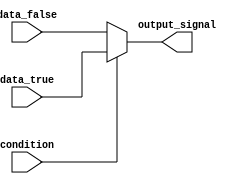
module conditional_assign (
    input wire condition,
    input wire data_true,
    input wire data_false,
    output reg output_signal
);

always @(*) begin
    if (condition) begin
        output_signal = data_true;
    end else begin
        output_signal = data_false;
    end
end

endmodule